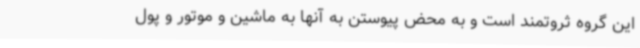
این گروه ثروتمند است و به محض پیوستن به آنها به ماشین و موتور و پول